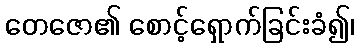
တေဇော၏ စောင့်ရှောက်ခြင်းခံ၍၊